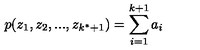
p ( z _ { 1 } , z _ { 2 } , . . . , z _ { k ^ { \ast } + 1 } ) = \sum _ { i = 1 } ^ { k + 1 } a _ { i }